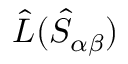
\hat { \cal L } ( \hat { S } _ { \alpha \beta } )